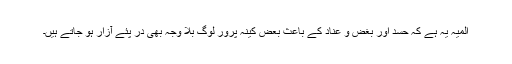
المیہ یہ ہے کہ حسد اور بغض و عناد کے باعث بعض کینہ پرور لوگ بلا وجہ بھی در پئے آزار ہو جاتے ہیں۔